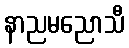
နာညမညောသီ